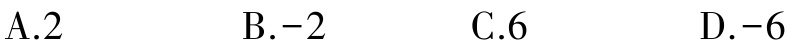
A.2  B.-2  C.6  D.-6